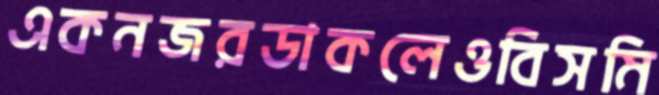
একনজরডাকলেওবিসমি